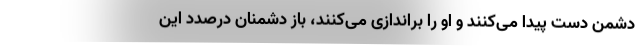
دشمن دست پیدا می‌کنند و او را براندازی می‌کنند، باز دشمنان درصدد این